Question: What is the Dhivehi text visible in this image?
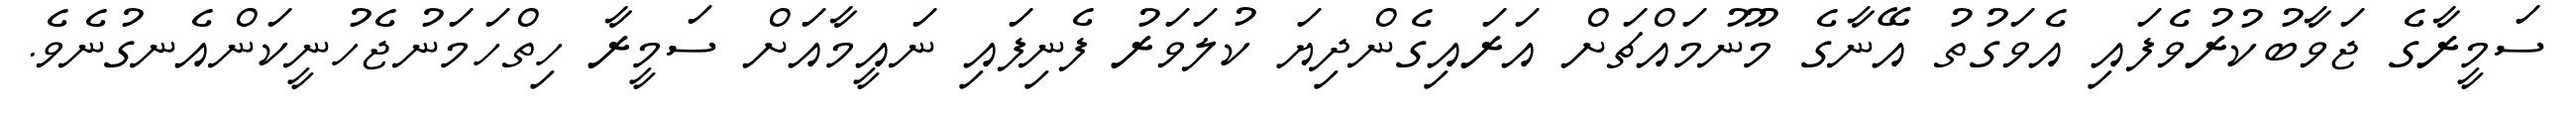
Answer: ސަމީރާގެ ޖަވާބުކުރުވެފައި އެވަގުތު އޭނާގެ މޫނުމައްޗަށް އަރައިގެންދިޔަ ކުލަވަރު ފެނިފައި ނައީމާއަށް ސަމީރާ ހިތްހަމަނުޖެހުނީކަންއެނގުނެވެ.